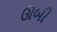
ઊબી